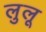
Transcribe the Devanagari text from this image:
लुलू